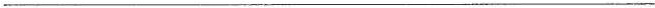
___